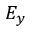
E _ { y }